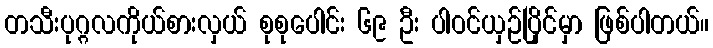
တသီးပုဂ္ဂလကိုယ်စားလှယ် စုစုပေါင်း ၆၉ ဦး ပါဝင်ယှဉ်ပြိုင်မှာ ဖြစ်ပါတယ်။